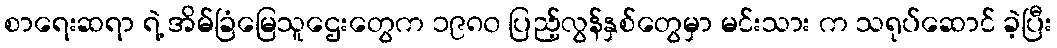
စာရေးဆရာ ရဲ့ အိမ်ခြံမြေသူဌေးတွေက ၁၉၈၀ ပြည့်လွန်နှစ်တွေမှာ မင်းသား က သရုပ်ဆောင် ခဲ့ပြီး